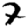
Digit: 7